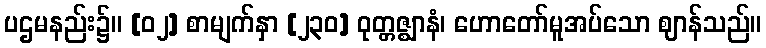
ပဌမနည်း၌။ [၀၂] စာမျက်နှာ [၂၃၀] ဝုတ္တဇ္ဈာနံ၊ ဟောတော်မူအပ်သော ဈာန်သည်။